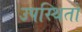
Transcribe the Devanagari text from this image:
उपस्थितों